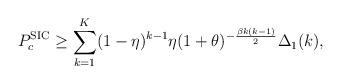
LaTeX: \begin{align*}P_{c}^\textnormal{SIC}\geq \sum_{k=1}^{K} (1-\eta)^{k-1} \eta (1+\theta)^{-\frac{\beta k(k-1)}{2}}\Delta_1(k),\end{align*}